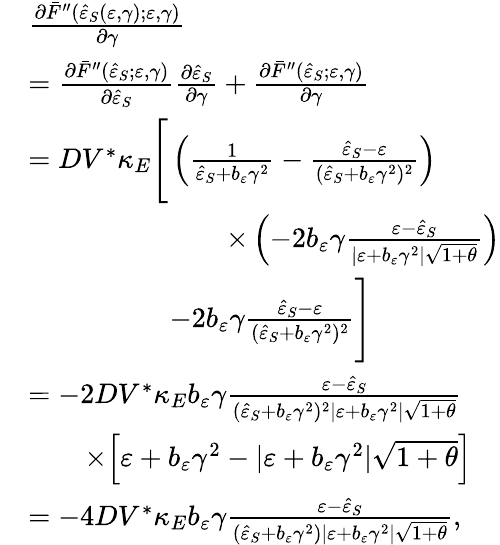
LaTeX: \begin{array}{rl}&{\frac{\partial\bar{F}^{\prime\prime}(\hat{\varepsilon}_{S}(\varepsilon,\gamma);\varepsilon,\gamma)}{\partial\gamma}}\\ &{=\frac{\partial\bar{F}^{\prime\prime}(\hat{\varepsilon}_{S};\varepsilon,\gamma)}{\partial\hat{\varepsilon}_{S}}\frac{\partial\hat{\varepsilon}_{S}}{\partial\gamma}+\frac{\partial\bar{F}^{\prime\prime}(\hat{\varepsilon}_{S};\varepsilon,\gamma)}{\partial\gamma}}\\ &{=DV^{\ast}\kappa_{E}\Bigg[\left(\frac{1}{\hat{\varepsilon}_{S}+b_{\varepsilon}\gamma^{2}}-\frac{\hat{\varepsilon}_{S}-\varepsilon}{(\hat{\varepsilon}_{S}+b_{\varepsilon}\gamma^{2})^{2}}\right)}\\ &{\qquad\qquad\qquad\quad\times\left(-2b_{\varepsilon}\gamma\frac{\varepsilon-\hat{\varepsilon}_{S}}{\vert\varepsilon+b_{\varepsilon}\gamma^{2}\vert\sqrt{1+\theta}}\right)}\\ &{\qquad\qquad\quad-2b_{\varepsilon}\gamma\frac{\hat{\varepsilon}_{S}-\varepsilon}{(\hat{\varepsilon}_{S}+b_{\varepsilon}\gamma^{2})^{2}}\Bigg]}\\ &{=-2DV^{\ast}\kappa_{E}b_{\varepsilon}\gamma\frac{\varepsilon-\hat{\varepsilon}_{S}}{(\hat{\varepsilon}_{S}+b_{\varepsilon}\gamma^{2})^{2}\vert\varepsilon+b_{\varepsilon}\gamma^{2}\vert\sqrt{1+\theta}}}\\ &{\qquad\times\Big[\varepsilon+b_{\varepsilon}\gamma^{2}-\vert\varepsilon+b_{\varepsilon}\gamma^{2}\vert\sqrt{1+\theta}\Big]}\\ &{=-4DV^{\ast}\kappa_{E}b_{\varepsilon}\gamma\frac{\varepsilon-\hat{\varepsilon}_{S}}{(\hat{\varepsilon}_{S}+b_{\varepsilon}\gamma^{2})\vert\varepsilon+b_{\varepsilon}\gamma^{2}\vert\sqrt{1+\theta}},}\end{array}